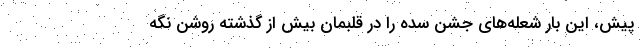
پیش، این بار شعله‌های جشن سده را در قلبمان بیش از گذشته روشن نگه